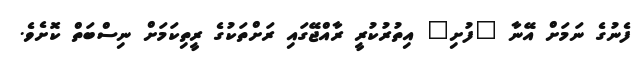
ފެނުގެ ނަމަށް އޭނާ "ފުށި" އިތުރުކުރީ ރާއްޖޭގައި ރަށްތަކުގެ ރީތިކަމަށް ނިސްބަތް ކޮށެވެ.